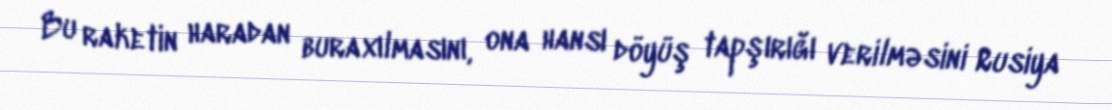
Bu raketin haradan buraxılmasını, ona hansı döyüş tapşırığı verilməsini Rusiya